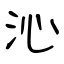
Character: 沁